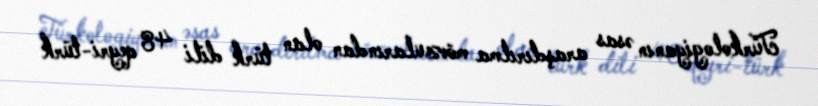
Türkologiyanın əsas araşdırılma mövzularından olan türk dili 48 qeyri-türk